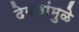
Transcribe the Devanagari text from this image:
देवतांमुळे